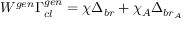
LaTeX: W ^ { g e n } \Gamma _ { c l } ^ { g e n } = \chi \Delta _ { b r } + \chi _ { A } \Delta _ { b r _ { A } }